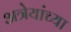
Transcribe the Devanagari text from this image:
अत्रेयांच्या